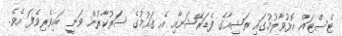
ޓެސްޓައް އޮޅުވާލުމުގައި ރަޝިއާގެ ފެޑަރޭޝަނާއި އެ ގައުމުގެ ސަަރުކާރުން ވަނީ ބައިވެރިވެފަ އެވެ.